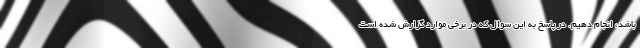
باشد، انجام دهیم. در پاسخ به این سوال که در برخی موارد گزارش شده است